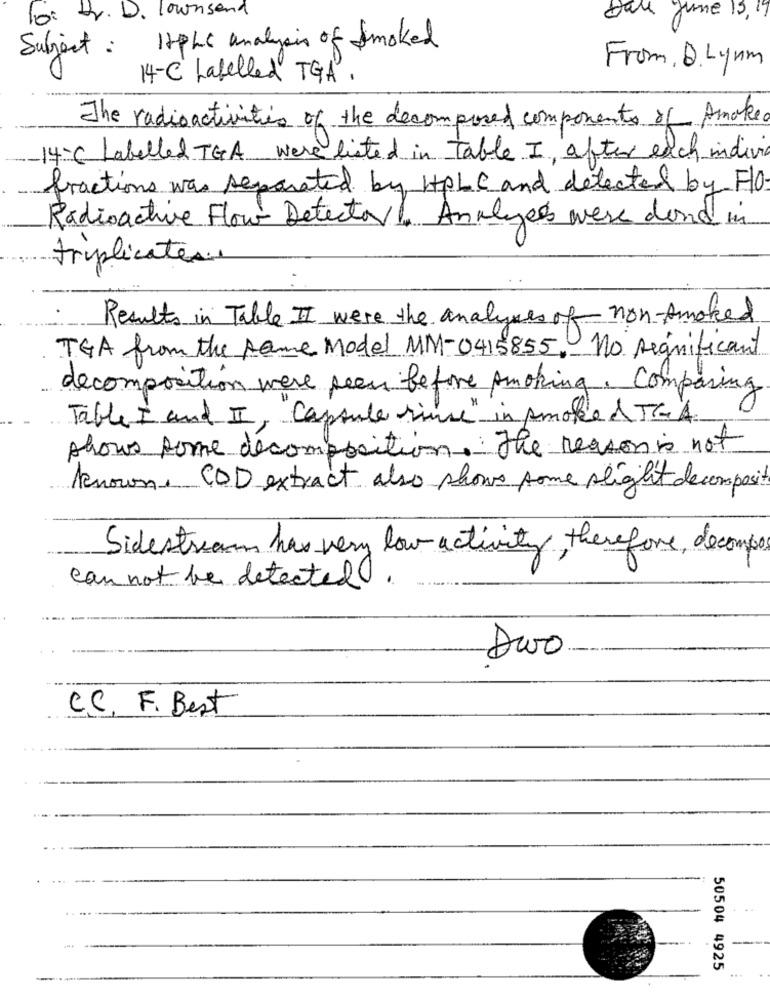
To: r. D. lownsend
Dave June 15, 19
12PLC analysis of Smoked
Subject :
From, Q.Lynm
14-C Labelled TGA.
The radioactivities of the decomposed components of Amake
14 ℃ Labelled TGA were listed in table I after each individ
fractions was separated by HPLC and detected by FIO
Radioactive Flow Detector Analyst were done in
triplicate
Results in Table II were the analyses of non-smoked
TGA from the same Model MM-0415855. no significant
decomposition were seen before smoking. Comparing
Table I and II, "Capsule rine" in smoke & TH A
shows some décomposition. The reason is not
known, CDD extract also shows some slight decomposit
Sidestream has very low activity therefore, decompo
can not be detected.
CC, F. Best
-
50504 4925